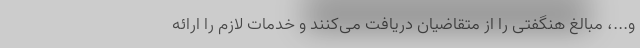
و...، مبالغ هنگفتی را از متقاضیان دریافت می‌کنند و خدمات لازم را ارائه